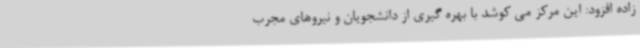
زاده افزود: این مرکز می کوشد با بهره گیری از دانشجویان و نیروهای مجرب